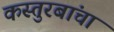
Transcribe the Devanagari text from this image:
कस्तुरबांचा